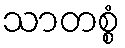
သာတစ္စံ